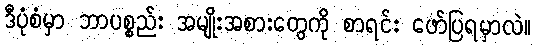
ဒီပုံစံမှာ ဘာပစ္စည်း အမျိုးအစားတွေကို စာရင်း ဖော်ပြရမှာလဲ။